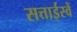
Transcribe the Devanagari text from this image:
सत्ताईस्वें